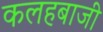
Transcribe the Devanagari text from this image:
कलहबाजी